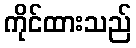
ကိုင်ထားသည်